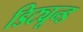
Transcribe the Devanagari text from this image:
डिट्यून्ड